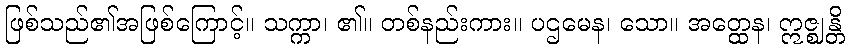
ဖြစ်သည်၏အဖြစ်ကြောင့်။ သက္ကာ၊ ၏။ တစ်နည်းကား။ ပဌမေန၊ သော။ အတ္ထေန၊ ဣဇ္ဈန္တိ